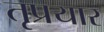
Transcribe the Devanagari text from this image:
तृप्रयार